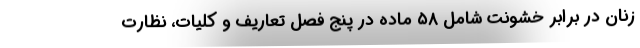
زنان در برابر خشونت شامل ۵۸ ماده در پنج فصل تعاریف و کلیات، نظارت